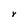
Character: Y